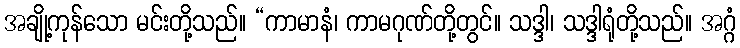
အချို့ကုန်သော မင်းတို့သည်။ “ကာမာနံ၊ ကာမဂုဏ်တို့တွင်။ သဒ္ဒါ၊ သဒ္ဒါရုံတို့သည်။ အဂ္ဂံ